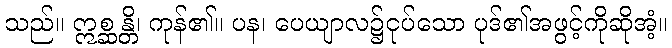
သည်။ ဣစ္ဆန္တိ၊ ကုန်၏။ ပန၊ ပေယျာလ၌ငုပ်သော ပုဒ်၏အဖွင့်ကိုဆိုအံ့။